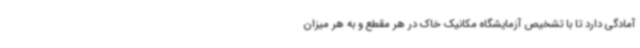
آمادگی دارد تا با تشخیص آزمایشگاه مکانیک خاک در هر مقطع و به هر میزان